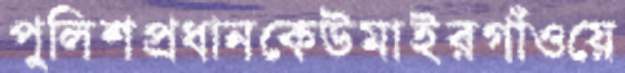
পুলিশপ্রধানকেউমাইরগাঁওয়ে